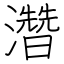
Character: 濳